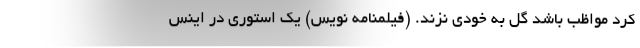
کرد مواظب باشد گل به خودی نزند. (فیلمنامه نویس) یک استوری در اینس